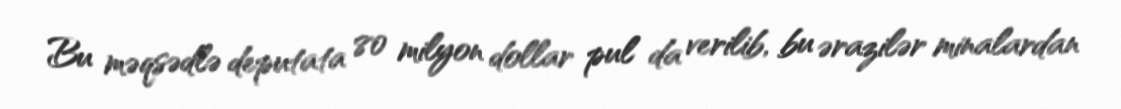
Bu məqsədlə deputata 80 milyon dollar pul da verilib, bu ərazilər minalardan